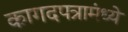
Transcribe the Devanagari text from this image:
कागदपत्रामंध्ये